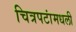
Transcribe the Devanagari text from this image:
चित्रपटांमधली